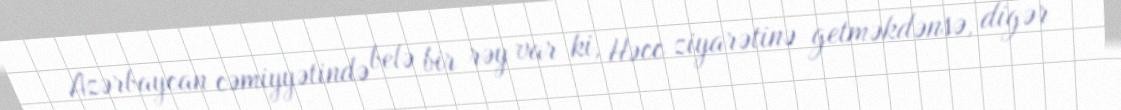
Azərbaycan cəmiyyətində belə bir rəy var ki, Həcc ziyarətinə getməkdənsə, digər